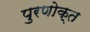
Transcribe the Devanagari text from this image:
पुरणोक्त